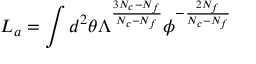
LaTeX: L _ { a } = \int d ^ { 2 } \theta \Lambda ^ { \frac { 3 N _ { c } - N _ { f } } { N _ { c } - N _ { f } } } \phi ^ { - \frac { 2 N _ { f } } { N _ { c } - N _ { f } } }